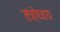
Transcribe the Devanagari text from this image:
तंत्रोच्चय